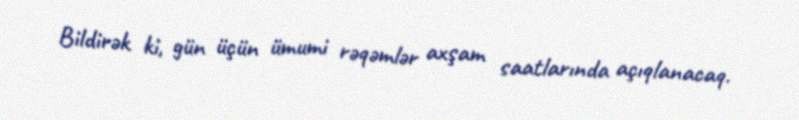
Bildirək ki, gün üçün ümumi rəqəmlər axşam saatlarında açıqlanacaq.